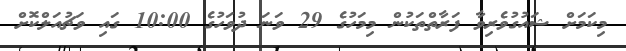
މިކަމަށް ޝައުގުވެރިވާ ފަރާތްތަކުން މިމަހުގެ 29 ވަނަ ދުވަހުގެ 10:00 ގައި ވަޗުއަލްކޮށް